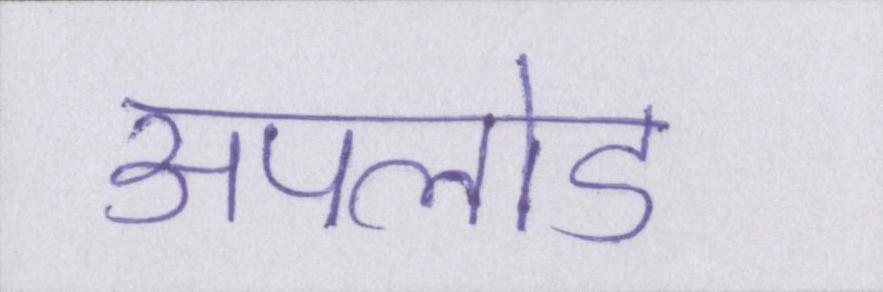
अपलोड